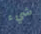
شيء